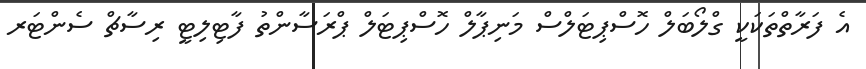
އެ ފަރާތްްތަކަކީ ގްލޯބަލް ހޮސްޕިޓަލްސް މަނިޕާލް ހޮސްޕިޓަލް ޕްރަސާންތު ފާޓިލިޓީ ރިސާޗް ސެންޓަރ